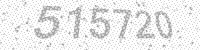
Solution: 515720